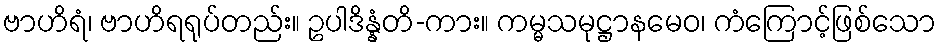
ဗာဟိရံ၊ ဗာဟိရရုပ်တည်း။ ဥပါဒိန္နံတိ-ကား။ ကမ္မသမုဋ္ဌာနမေဝ၊ ကံကြောင့်ဖြစ်သော